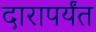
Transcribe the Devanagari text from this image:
दारापर्यंत